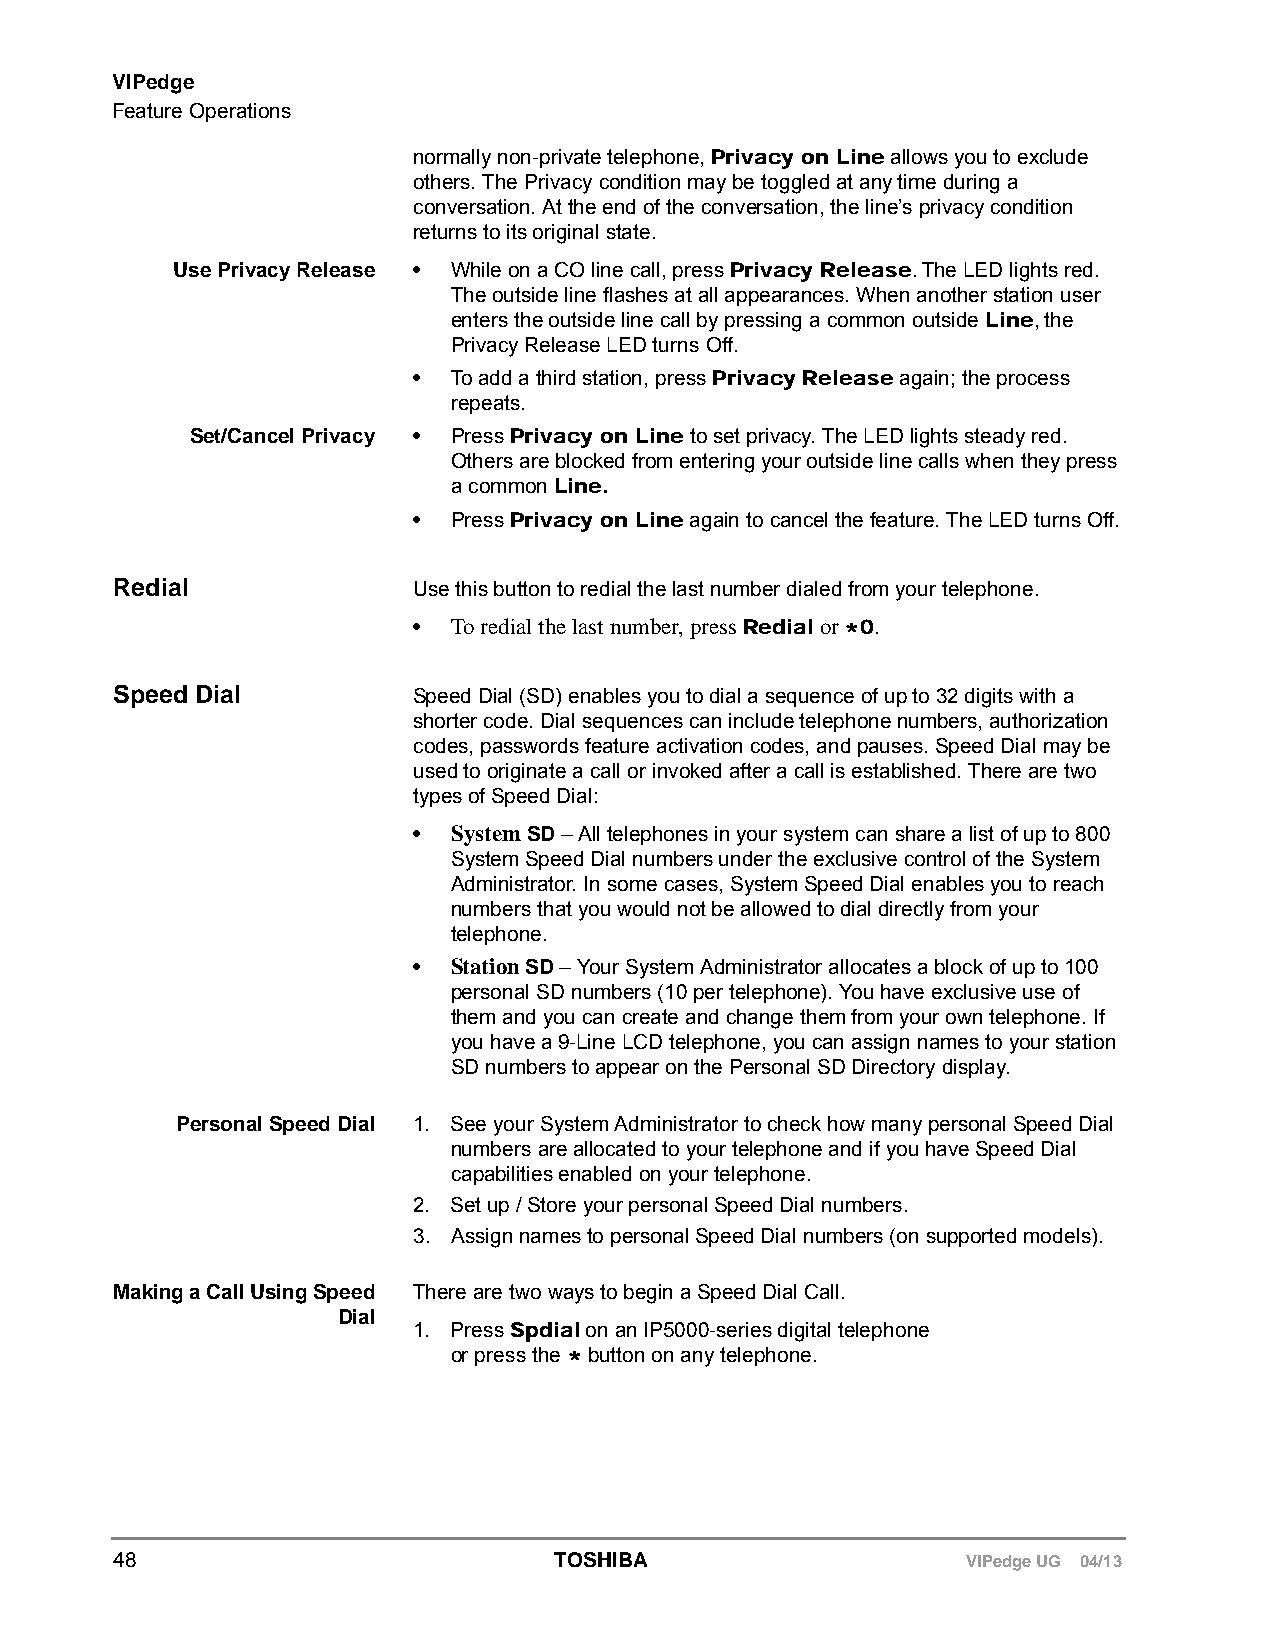
VIPedge
 Feature Operations
 normally non-private telephone, Privacy on Line allows you to exclude
 others. The Privacy condition may be toggled at any time during a
 conversation. At the end of the conversation, the line’s privacy condition
 returns to its original state.
 Use Privacy Release • While on a CO line call, press Privacy Release. The LED lights red.
 The outside line flashes at all appearances. When another station user
 enters the outside line call by pressing a common outside Line, the
 Privacy Release LED turns Off.
 •  To add a third station, press Privacy Release again; the process
 repeats.
 Set/Cancel Privacy • Press Privacy on Line to set privacy. The LED lights steady red.
 Others are blocked from entering your outside line calls when they press
 a common Line.
 •  Press Privacy on Line again to cancel the feature. The LED turns Off.
 Redial             Use this button to redial the last number dialed from your telephone.
 •  To redial the last number, press Redial or *0.
 Speed Dial         Speed Dial (SD) enables you to dial a sequence of up to 32 digits with a
 shorter code. Dial sequences can include telephone numbers, authorization
 codes, passwords feature activation codes, and pauses. Speed Dial may be
 used to originate a call or invoked after a call is established. There are two
 types of Speed Dial:
 •  System SD – All telephones in your system can share a list of up to 800
 System Speed Dial numbers under the exclusive control of the System
 Administrator. In some cases, System Speed Dial enables you to reach
 numbers that you would not be allowed to dial directly from your
 telephone.
 •  Station SD – Your System Administrator allocates a block of up to 100
 personal SD numbers (10 per telephone). You have exclusive use of
 them and you can create and change them from your own telephone. If
 you have a 9-Line LCD telephone, you can assign names to your station
 SD numbers to appear on the Personal SD Directory display.
 Personal Speed Dial 1. See your System Administrator to check how many personal Speed Dial
 numbers are allocated to your telephone and if you have Speed Dial
 capabilities enabled on your telephone.
 2. Set up / Store your personal Speed Dial numbers.
 3. Assign names to personal Speed Dial numbers (on supported models).
 Making a Call Using Speed There are two ways to begin a Speed Dial Call.
 Dial
 1. Press Spdial on an IP5000-series digital telephone
 or press the * button on any telephone.
 48                           TOSHIBA                    VIPedge UG 04/13